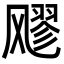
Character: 𮨵